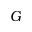
G